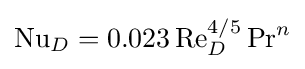
\mathrm {Nu} _{D}=0.023\,\mathrm {Re} _{D}^{4/5}\,\mathrm {Pr} ^{n}